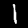
Label: 1